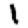
Digit: 1